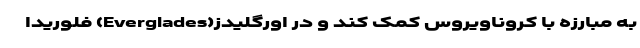
به مبارزه با کروناویروس کمک کند و در اورگلیدز(Everglades) فلوریدا